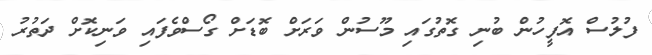
ފުލުސް އޮފީހުން ބުނި ގޮތުގައި މޫސުން ވަރަށް ބޮޑަށް ގޯސްވެފައި ވަނިކޮށް ދަތުރު